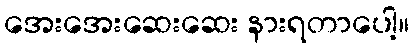
အေးအေးဆေးဆေး နားရတာပေါ့။